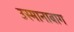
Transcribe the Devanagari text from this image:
उस्मानाबाग